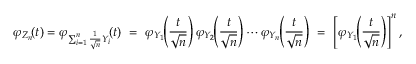
\varphi _ { Z _ { n } } \! ( t ) = \varphi _ { \sum _ { i = 1 } ^ { n } { { \frac { 1 } { \sqrt { n } } } Y _ { i } } } \! ( t ) \ = \ \varphi _ { Y _ { 1 } } \! \! \left( { \frac { t } { \sqrt { n } } } \right) \varphi _ { Y _ { 2 } } \! \! \left( { \frac { t } { \sqrt { n } } } \right) \cdots \varphi _ { Y _ { n } } \! \! \left( { \frac { t } { \sqrt { n } } } \right) \ = \ \left[ \varphi _ { Y _ { 1 } } \! \! \left( { \frac { t } { \sqrt { n } } } \right) \right] ^ { n } ,